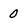
Character: 0